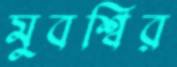
মুবশ্বির